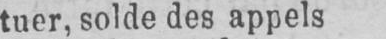
tuer, solde des appels